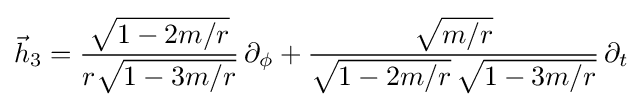
{\vec {h}}_{3}={\frac {\sqrt {1-2m/r}}{r{\sqrt {1-3m/r}}}}\,\partial _{\phi }+{\frac {\sqrt {m/r}}{{\sqrt {1-2m/r}}\,{\sqrt {1-3m/r}}}}\,\partial _{t}